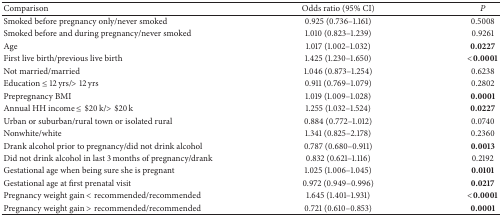
<table><thead><tr><td><b>Comparison</b></td><td><b>Odds ratio (95% CI)</b></td><td><b><i>P</i></b></td></tr></thead><tbody><tr><td>Smoked before pregnancy only/never smoked</td><td>0.925 (0.736–1.161)</td><td>0.5008</td></tr><tr><td>Smoked before and during pregnancy/never smoked</td><td>1.010 (0.823–1.239)</td><td>0.9261</td></tr><tr><td>Age</td><td>1.017 (1.002–1.032)</td><td><b>0.0227</b></td></tr><tr><td>First live birth/previous live birth </td><td>1.425 (1.230–1.650)</td><td><b>&lt;0.0001</b></td></tr><tr><td>Not married/married</td><td>1.046 (0.873–1.254)</td><td>0.6238</td></tr><tr><td>Education ≤ 12 yrs/&gt; 12 yrs </td><td>0.911 (0.769–1.079)</td><td>0.2802</td></tr><tr><td>Prepregnancy BMI</td><td>1.019 (1.009–1.028)</td><td><b>0.0001</b></td></tr><tr><td>Annual HH income ≤ $20 k/&gt; $20 k </td><td>1.255 (1.032–1.524)</td><td><b>0.0227</b></td></tr><tr><td>Urban or suburban/rural town or isolated rural</td><td>0.884 (0.772–1.012)</td><td>0.0740</td></tr><tr><td>Nonwhite/white</td><td>1.341 (0.825–2.178)</td><td>0.2360</td></tr><tr><td>Drank alcohol prior to pregnancy/did not drink alcohol </td><td>0.787 (0.680–0.911)</td><td><b>0.0013</b></td></tr><tr><td>Did not drink alcohol in last 3 months of pregnancy/drank</td><td>0.832 (0.621–1.116)</td><td>0.2192</td></tr><tr><td>Gestational age when being sure she is pregnant</td><td>1.025 (1.006–1.045)</td><td><b>0.0101</b></td></tr><tr><td>Gestational age at first prenatal visit</td><td>0.972 (0.949–0.996)</td><td><b>0.0217</b></td></tr><tr><td>Pregnancy weight gain &lt; recommended/recommended</td><td>1.645 (1.401–1.931)</td><td><b>&lt;0.0001</b></td></tr><tr><td>Pregnancy weight gain &gt; recommended/recommended</td><td>0.721 (0.610–0.853)</td><td><b>0.0001</b></td></tr></tbody></table>